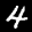
Label: 4